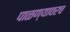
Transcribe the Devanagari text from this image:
पाळण्यावरच